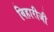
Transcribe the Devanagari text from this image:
विहारीजी